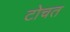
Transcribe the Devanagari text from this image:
टोचत